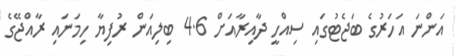
އަންނަ އަހަރުގެ ބަޖެޓުގައި ސިއްހީ ދާއިރާއަށް 4.6 ބިލިއަން ރުފިޔާ ހިމަނައި ރާއްޖޭގެ